Document type: Sale
Year: 1226
Scribe: Ramon d'Om
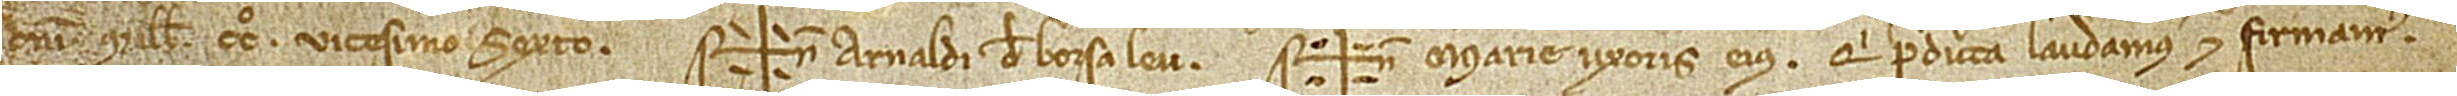
Domini millesimo CCº vicesimo sexto. Sig+num Arnaldi de Borsaleu, Sig+nu Marie, uxoris eius, qui predicta laudamus et firmamus.